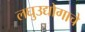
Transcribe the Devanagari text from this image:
लघुउद्योगाचे